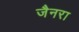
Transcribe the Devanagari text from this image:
जैनरा